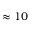
\approx 1 0